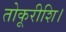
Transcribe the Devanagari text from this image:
तोकूरीशि।